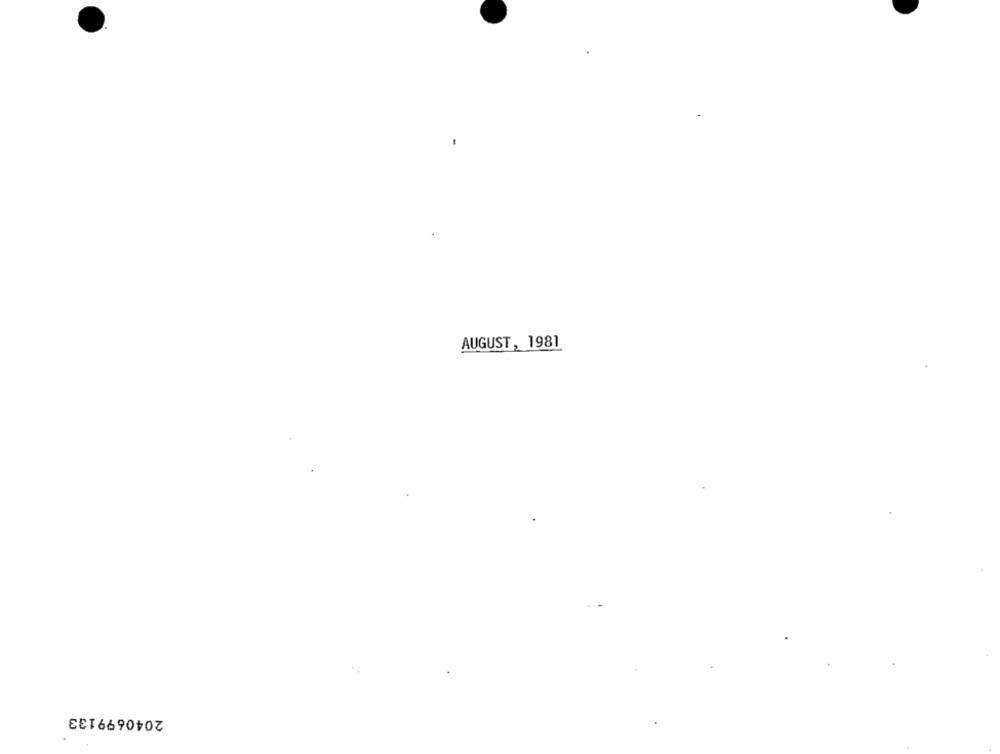
AUGUST, 1981
2040699133